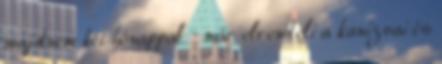
majdnem két hónappal – már elrendeli a kanizsai és